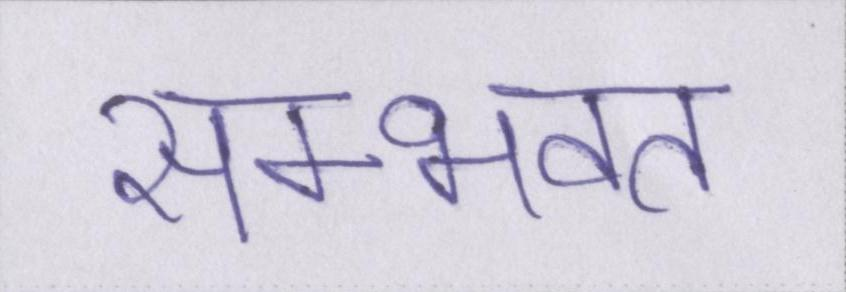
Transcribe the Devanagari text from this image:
सम्भवत